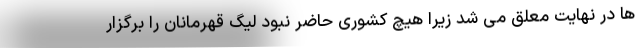
ها در نهایت معلق می شد زیرا هیچ کشوری حاضر نبود لیگ قهرمانان را برگزار